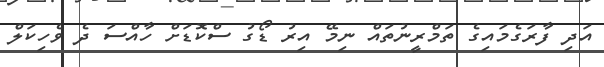
އަދި ފާރަގެމައިގެ ތަމްރީނުތައް ނިމޭ އިރު ޑޯގު ސްކޮޑަށް ހާއްސަ ދެ ވެހިކަލް